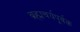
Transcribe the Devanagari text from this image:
ब्रह्मचर्यपूर्वक